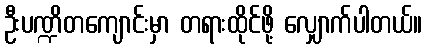
ဦးပဏ္ဍိတကျောင်းမှာ တရားထိုင်ဖို့ လျှောက်ပါတယ်။